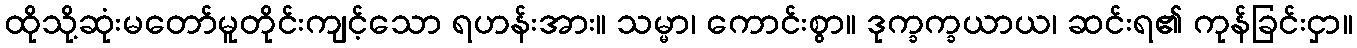
ထိုသို့ဆုံးမတော်မူတိုင်းကျင့်သော ရဟန်းအား။ သမ္မာ၊ ကောင်းစွာ။ ဒုက္ခက္ခယာယ၊ ဆင်းရ၏ ကုန်ခြင်းငှာ။